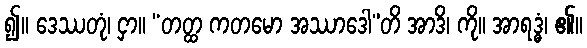
၍။ ဒေဿတုံ၊ ငှာ။ “တတ္ထ ကတမော အဿာဒေါ”တိ အာဒိ၊ ကို။ အာရဒ္ဓံ၊ ၏။